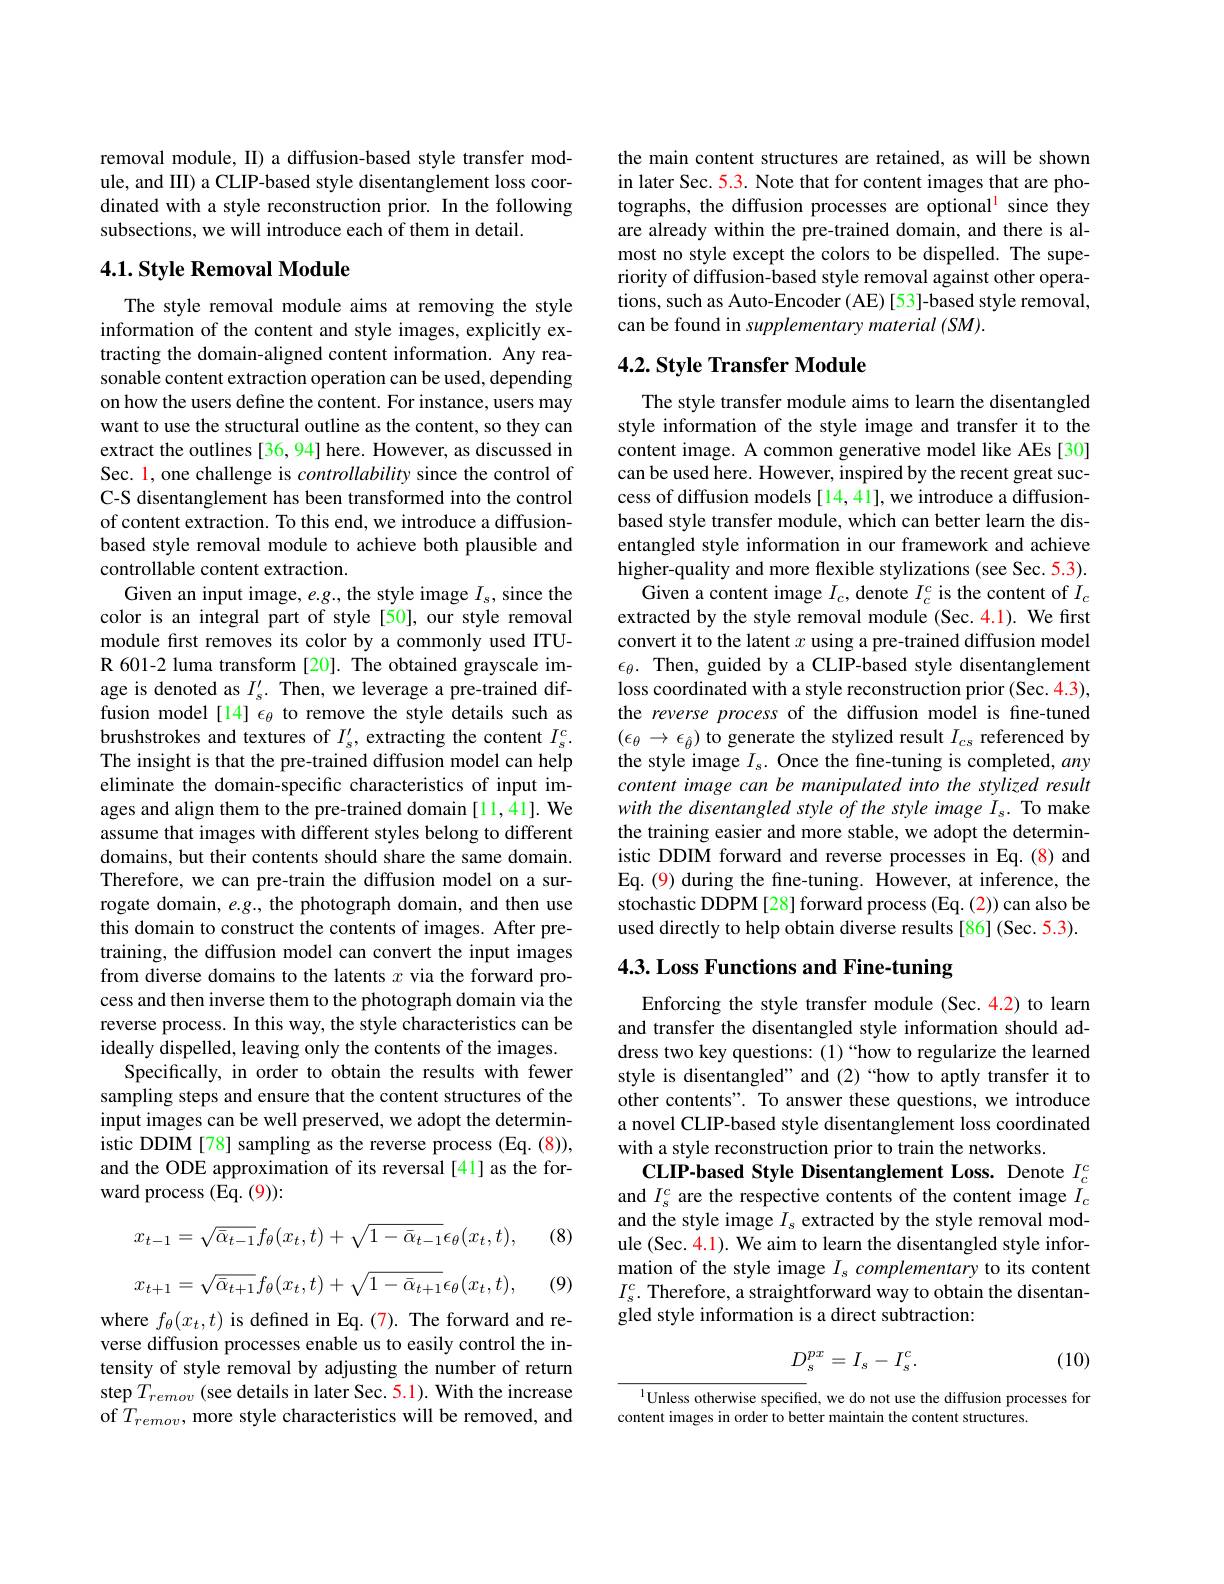
removal module, II) a diffusion-based style transfer module, and III) a CLIP-based style disentanglement loss coordinated with a style reconstruction prior. In the following subsections, we will introduce each of them in detail.

### $4. 1. \textbf{Style Removal Module}$

The style removal module aims at removing the style information of the content and style images, explicitly extracting the domain-aligned content information. Any reasonable content extraction operation can be used, depending on how the users define the content. For instance, users may want to use the structural outline as the content, so they can extract the outlines [36,94] here. However, as discussed in Sec. 1, one challenge is controllability since the control of C-S disentanglement has been transformed into the control of content extraction. To this end, we introduce a diffusionbased style removal module to achieve both plausible and controllable content extraction.
Given an input image, $e.g.$, the style image $I_s$, since the color is an integral part of style [50], our style removal module first removes its color by a commonly used ITUR 601-2 luma transform [20]. The obtained grayscale image is denoted as $I_s^{\prime}.$ Then, we leverage a pre-trained diffusion model[14] $\epsilon_\theta$ to remove the style details such as brushstrokes and textures of $I_s^{\prime}$, extracting the content $I_s^c.$ The insight is that the pre-trained diffusion model can help eliminate the domain-specific characteristics of input images and align them to the pre-trained domain[11,41]. We assume that images with different styles belong to different domains, but their contents should share the same domain. Therefore, we can pre-train the diffusion model on a surrogate domain, $e.g.$, the photograph domain, and then use this domain to construct the contents of images. After pretraining, the diffusion model can convert the input images from diverse domains to the latents $x$ via the forward process and then inverse them to the photograph domain via the reverse process. In this way, the style characteristics can be ideally dispelled, leaving only the contents of the images.
Specifically, in order to obtain the results with fewer sampling steps and ensure that the content structures of the input images can be well preserved, we adopt the deterministic DDIM[78] sampling as the reverse process (Eq. (8)), and the ODE approximation of its reversal[41] as the forward process (Eq. (9)):

(8)
$$x_{t-1}=\sqrt{\bar{\alpha}_{t-1}}f_\theta(x_t,t)+\sqrt{1-\bar{\alpha}_{t-1}}\epsilon_\theta(x_t,t),$$
$$x_{t+1}=\sqrt{\bar{\alpha}_{t+1}}f_{\theta}(x_{t},t)+\sqrt{1-\bar{\alpha}_{t+1}}\epsilon_{\theta}(x_{t},t),$$
(9)

where $f_\theta(x_t,t)$ is defined in Eq.(7). The forward and reverse diffusion processes enable us to easily control the intensity of style removal by adjusting the number of return step $T_{remov}$ (see details in later Sec. 5.1). With the increase of $T_{remov}$, more style characteristics will be removed, and

the main content structures are retained, as will be shown in later Sec. 5.3. Note that for content images that are photographs, the diffusion processes are optional' since they are already within the pre-trained domain, and there is almost no style except the colors to be dispelled. The superiority of diffusion-based style removal against other operations, such as Auto-Encoder (AE) [53]-based style removal, can be found in supplementary material (SM).

### $4. 2. \textbf{ Style Transfer Module}$

The style transfer module aims to learn the disentangled style information of the style image and transfer it to the content image. A common generative model like AEs [30] can be used here. However, inspired by the recent great success of diffusion models [14,41], we introduce a diffusionbased style transfer module, which can better learn the disentangled style information in our framework and achieve higher-quality and more flexible stylizations (see Sec. 5.3).
Given a content image $I_c$, denote $I_c^c$ is the content of $I_c$ extracted by the style removal module (Sec. 4.1). We first convert it to the latent $x$ using a pre-trained diffusion model $\epsilon_\theta.$ Then, guided by a CLIP-based style disentanglement loss coordinated with a style reconstruction prior(Sec. 4.3), the reverse process of the diffusion model is fine-tuned $(\epsilon_{\theta}\rightarrow\epsilon_{\hat{\theta}})$ to generate the stylized result $I_cs$ referenced by the style image $I_s.$ Once the fine-tuning is completed, any content image can be manipulated into the stylized result with the disentangled style of the style image I s. To make the training easier and more stable, we adopt the deterministic DDIM forward and reverse processes in Eq.(8) and Eq. (9) during the fne-tuning. However, at inference, the stochastic DDPM[28] forward process (Eq. (2)) can also be used directly to help obtain diverse results [86] (Sec. 5.3).

# 4.3. Loss Functions and Fine-tuning

Enforcing the style transfer module (Sec.4.2) to learn and transfer the disentangled style information should address two key questions: (1)“how to regularize the learned style is disentangled" and (2)“how to aptly transfer it to other contents". To answer these questions, we introduce a novel CLIP-based style disentanglement loss coordinated with a style reconstruction prior to train the networks.
CLIP-based Style Disentanglement Loss. Denote $I_{c}^{c}$ and $I_s^c$ are the respective contents of the content image $I_c$ and the style image $I_s$ extracted by the style removal module (Sec. 4.1). We aim to learn the disentangled style information of the style image $I_s\textit{complementary to its content}$ $I_{s}^{c}.$ Therefore, a straightforward way to obtain the disentangled style information is a direct subtraction:

(10)
$$D_s^{px}=I_s-I_s^c.$$
$^{1}$Unless otherwise specified, we do not use the diffusion processes for
content images in order to better maintain the content structures.